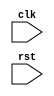
module synchronous_reset_block (
    input wire clk,
    input wire rst,
    // other input and output ports here
);

// declare your internal signals and variables here

always @(posedge clk or negedge rst) begin
    if (~rst) begin
        // reset logic here
    end else begin
        // synchronous logic here (triggered on positive edge of clk)
    end
end

endmodule